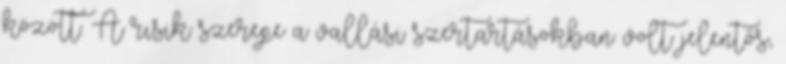
között. A risik szerepe a vallási szertartásokban volt jelentős,